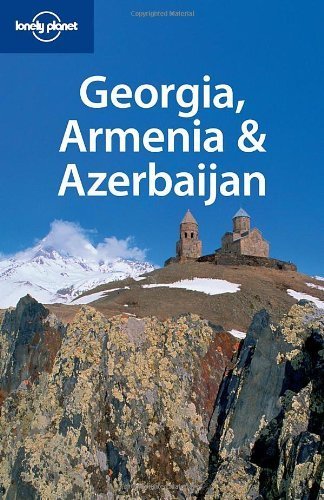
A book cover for Lonely Planet Georgia Armenia & Azerbaijan (Multi Country Travel Guide) Paperback - May 1, 2008; Michael Kohn; Travel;